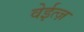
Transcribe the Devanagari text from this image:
वेईत्ज़